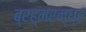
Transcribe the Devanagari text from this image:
ब्रह्मरन्ध्र